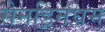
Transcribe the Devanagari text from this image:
सेनड्रिनघम